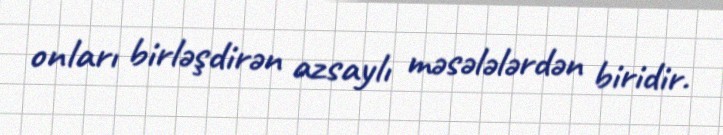
onları birləşdirən azsaylı məsələlərdən biridir.